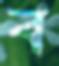
ব